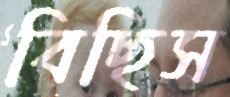
বিছিস